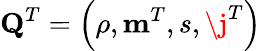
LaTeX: \mathbf{Q}^{T}=\left(\rho,\mathbf{m}^{T},s,\j^{T}\right)